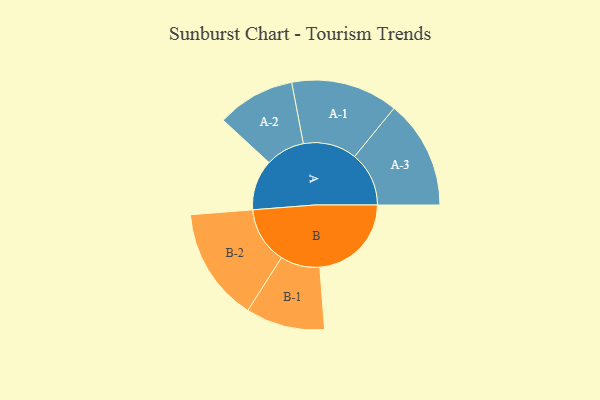
{"axis": {"x": "Segment", "y": "Value"}, "legend": ["", "A", "B"], "data": [{"x": "A", "y": 248, "type": ""}, {"x": "B", "y": 450, "type": ""}, {"x": "A-1", "y": 263, "type": "A"}, {"x": "A-2", "y": 192, "type": "A"}, {"x": "A-3", "y": 267, "type": "A"}, {"x": "B-1", "y": 194, "type": "B"}, {"x": "B-2", "y": 279, "type": "B"}]}